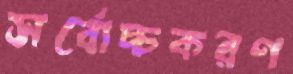
সর্বোচ্চকরণ